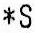
*S